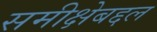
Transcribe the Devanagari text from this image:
समीक्षेबद्दल